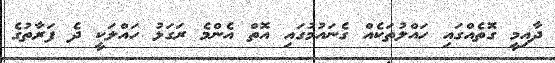
ދާއިމީ ގޮތެއްގައި ހައްލުތަކެއް ގެނައުމުގައި އޮތް އެންމެ ރަގަޅު ހައްލަކީ ދެ ފަރާތުގެ